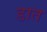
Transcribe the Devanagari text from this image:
डात